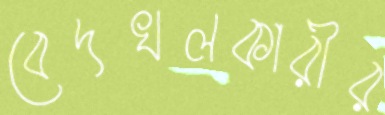
বেদখলকারীর